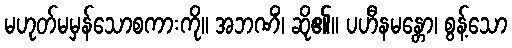
မဟုတ်မမှန်သောစကားကို။ အဘဏိံ၊ ဆို၏။ ပဟီနမန္တော၊ စွန့်သော